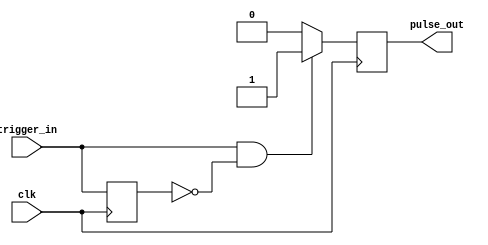
module oneshot(output reg pulse_out, input trigger_in, input clk);
reg delay;

always @ (posedge clk)
begin
    if (trigger_in && !delay) pulse_out    <= 1'b1;
    else pulse_out     <= 1'b0;
    delay          <= trigger_in;
end
endmodule